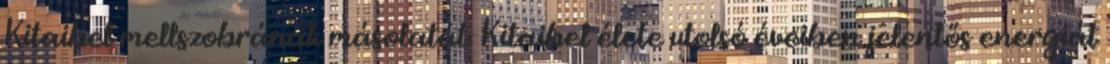
Kitaibel mellszobrának másolatát. Kitaibel élete utolsó éveiben jelentős energiát